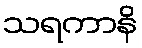
သရကာနိ